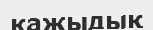
қажыдық